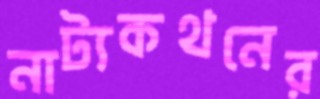
নাট্যকথনের